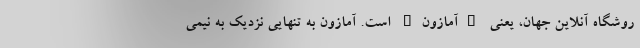
روشگاه آنلاین جهان، یعنی "آمازون" است. آمازون به تنهایی نزدیک به نیمی